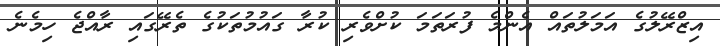
އިޒްރޭލުގެ އަމަލުތައް އެންމެ ފުރަތަމަ ކުށްވެރި ކުރާ ގައުމުތަކުގެ ތެރޭގައި ރާއްޖެ ހިމެނެ